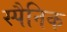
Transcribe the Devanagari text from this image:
स्पैनिक